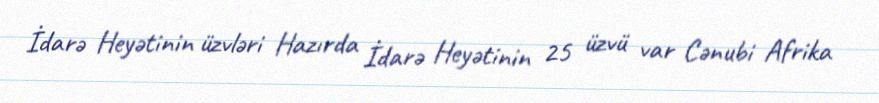
İdarə Heyətinin üzvləri Hazırda İdarə Heyətinin 25 üzvü var Cənubi Afrika